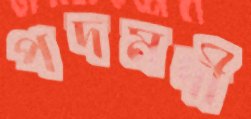
পদমদী